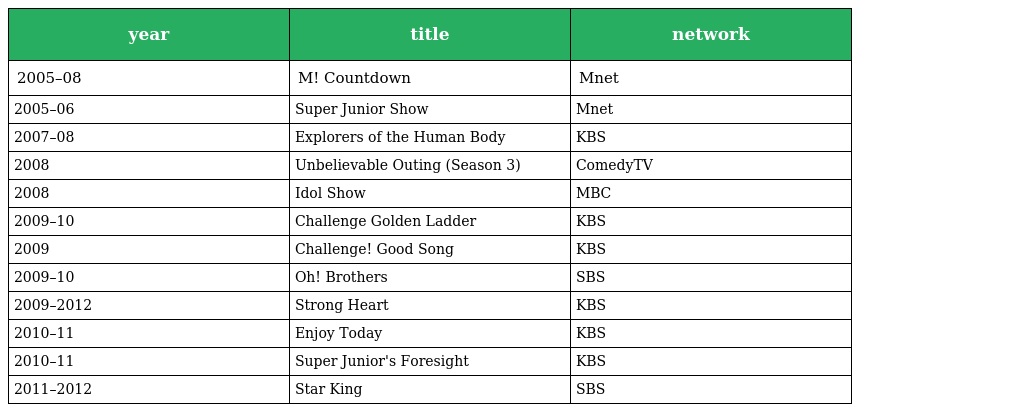
| year | title | network |
 | --- | --- | --- |
 | 2005–08 | M! Countdown | Mnet |
 | 2005–06 | Super Junior Show | Mnet |
 | 2007–08 | Explorers of the Human Body | KBS |
 | 2008 | Unbelievable Outing (Season 3) | ComedyTV |
 | 2008 | Idol Show | MBC |
 | 2009–10 | Challenge Golden Ladder | KBS |
 | 2009 | Challenge! Good Song | KBS |
 | 2009–10 | Oh! Brothers | SBS |
 | 2009–2012 | Strong Heart | KBS |
 | 2010–11 | Enjoy Today | KBS |
 | 2010–11 | Super Junior's Foresight | KBS |
 | 2011–2012 | Star King | SBS |